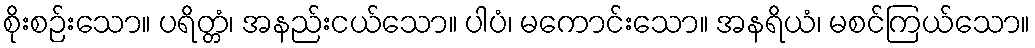
စိုးစဉ်းသော။ ပရိတ္တံ၊ အနည်းငယ်သော။ ပါပံ၊ မကောင်းသော။ အနရိယံ၊ မစင်ကြယ်သော။